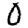
Digit: 0